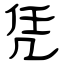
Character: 凭